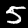
Digit: 5